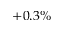
+ 0 . 3 \%